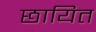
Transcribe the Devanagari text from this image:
छायित